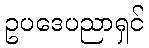
ဥပဒေပညာရှင်